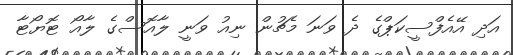
އަދި އޭއެފްސީކަޕްގެ ދެ ވަނަ މެޗުން ނިއު ވަނީ ލާއޮސްގެ ލާއޯ ޓޮޔޯޓާ